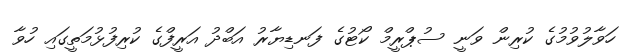
ހަވާލުވުމުގެ ކުރިން ވަނީ ސުޕްރީމް ކޯޓުގެ ފަނޑިޔާރު އަބްދު އަރީފްގެ ކުރިފުޅުމަތީގައި ހުވާ